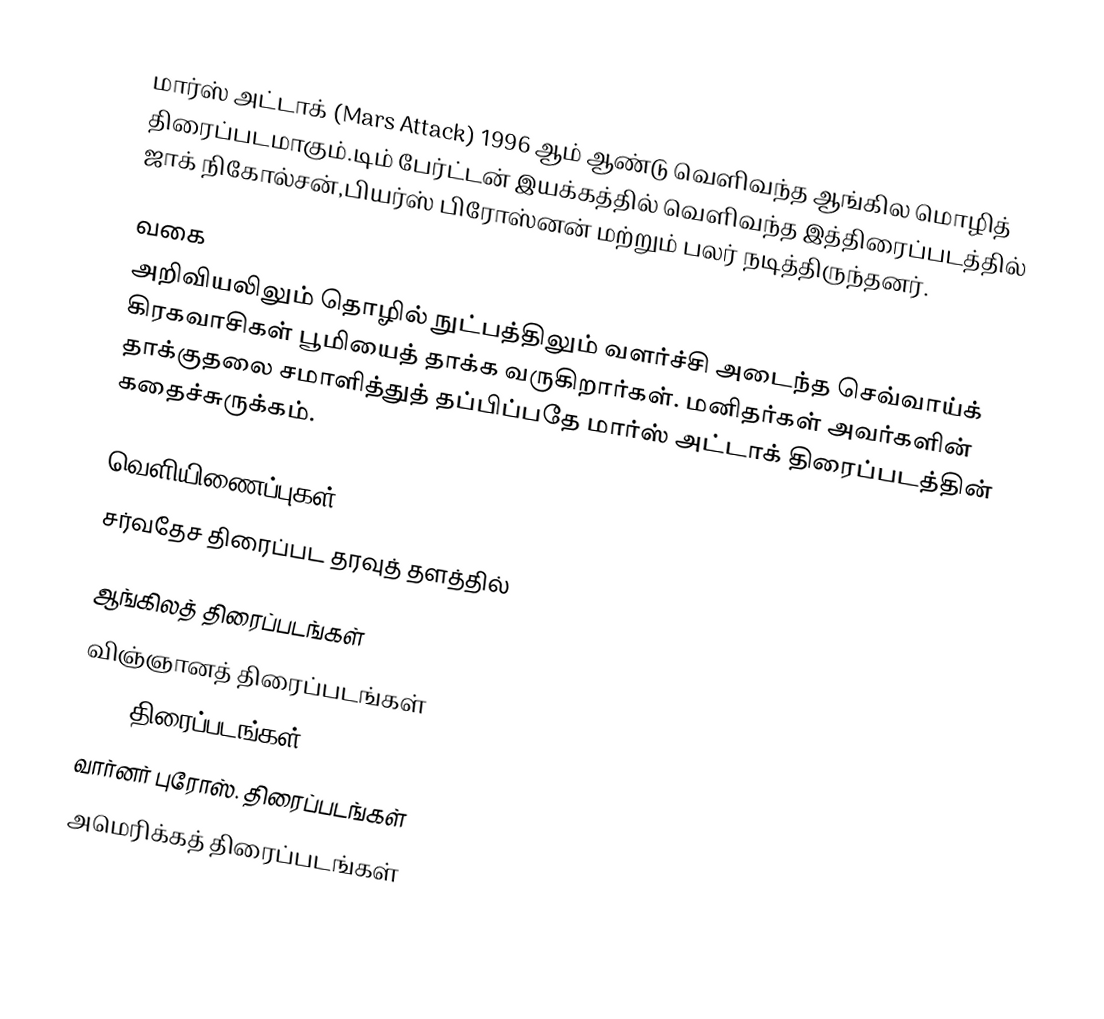
மார்ஸ் அட்டாக் (Mars Attack) 1996 ஆம் ஆண்டு வெளிவந்த ஆங்கில மொழித் திரைப்படமாகும்.டிம் பேர்ட்டன் இயக்கத்தில் வெளிவந்த இத்திரைப்படத்தில் ஜாக் நிகோல்சன்,பியர்ஸ் பிரோஸ்னன் மற்றும் பலர் நடித்திருந்தனர்.

வகை
அறிவியலிலும் தொழில் நுட்பத்திலும் வளர்ச்சி அடைந்த செவ்வாய்க் கிரகவாசிகள் பூமியைத் தாக்க வருகிறார்கள். மனிதர்கள் அவர்களின் தாக்குதலை சமாளித்துத் தப்பிப்பதே மார்ஸ் அட்டாக் திரைப்படத்தின் கதைச்சுருக்கம்.

வெளியிணைப்புகள்
சர்வதேச திரைப்பட தரவுத் தளத்தில்

ஆங்கிலத் திரைப்படங்கள்
விஞ்ஞானத் திரைப்படங்கள்
1996 திரைப்படங்கள்
வார்னர் புரோஸ். திரைப்படங்கள்
அமெரிக்கத் திரைப்படங்கள்